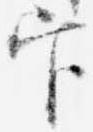
官